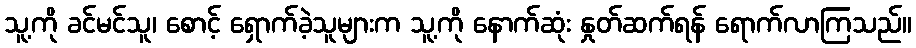
သူ့ကို ခင်မင်သူ၊ စောင့် ရှောက်ခဲ့သူများက သူ့ကို နောက်ဆုံး နှုတ်ဆက်ရန် ရောက်လာကြသည်။